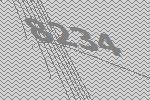
8234